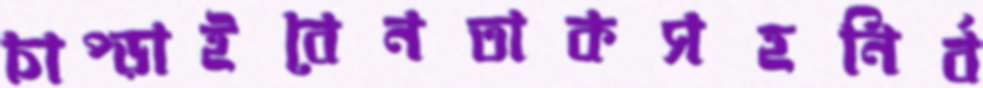
চাপ্‌ড়াইবেনতাকসহনির্ব